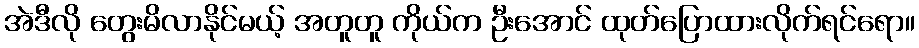
အဲဒီလို တွေးမိလာနိုင်မယ့် အတူတူ ကိုယ်က ဦးအောင် ထုတ်ပြောထားလိုက်ရင်ရော။